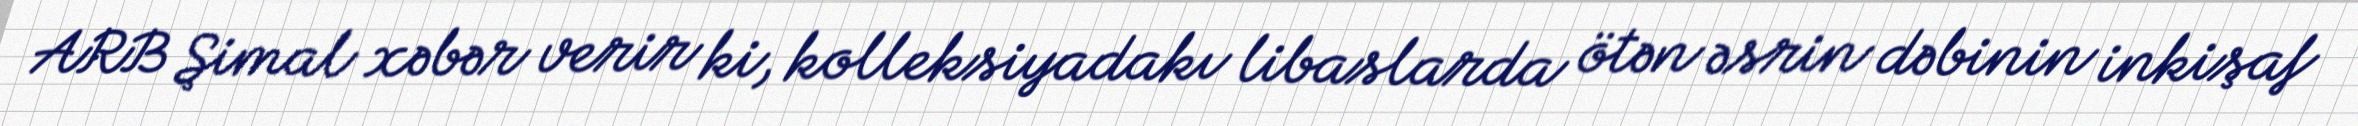
ARB Şimal xəbər verir ki, kolleksiyadakı libaslarda ötən əsrin dəbinin inkişaf